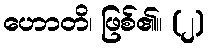
ဟောတိ၊ ဖြစ်၏။ (၂)